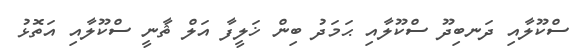
ސްކޫލާއި ދަނބިދޫ ސްކޫލާއި ޙަމަދު ބިން ޚަލީފާ އަލް ޘާނީ ސްކޫލާއި އަތޮޅު